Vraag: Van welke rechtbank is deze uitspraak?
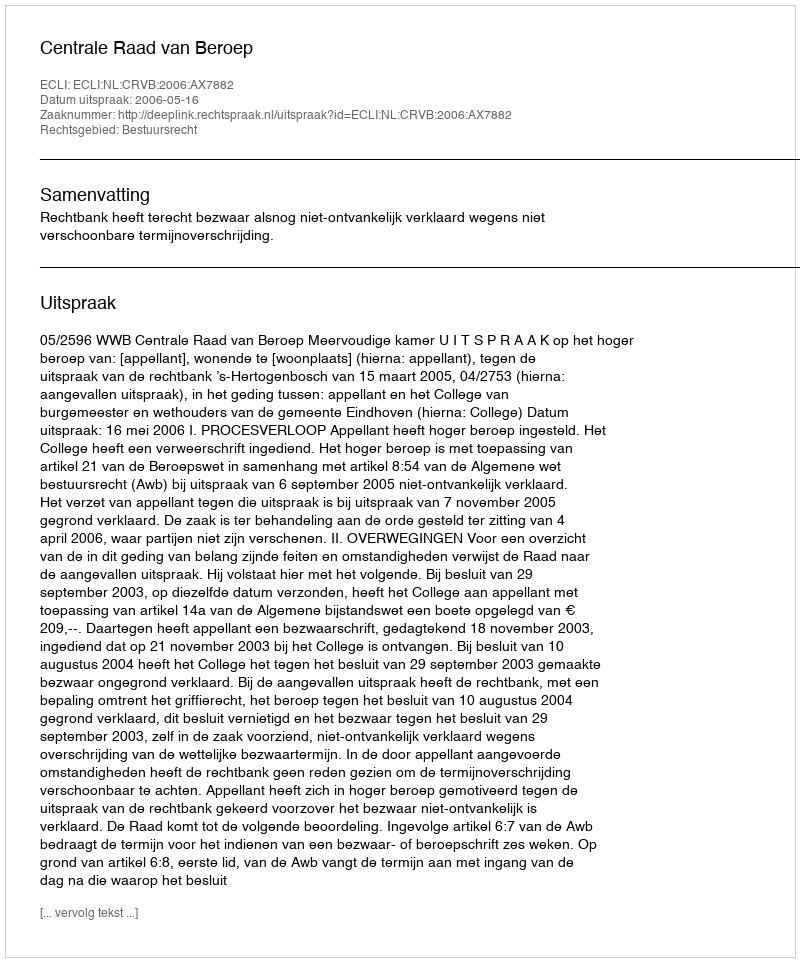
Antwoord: Centrale Raad van Beroep